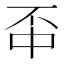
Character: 𫠬